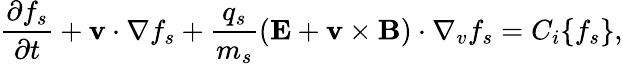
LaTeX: \frac{\partial f_{s}}{\partial t}+{\mathbf{v}}\cdot\nabla f_{s}+\frac{q_{s}}{m_{s}}({\mathbf{E}}+{\mathbf{v}}\times{\mathbf{B}})\cdot\nabla_{v}f_{s}=C_{i}\{ f_{s}\} ,